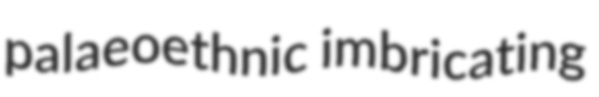
palaeoethnic imbricating